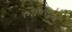
ભાષણો